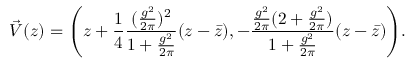
\vec { V } ( z ) = \Biggl ( z + { \frac { 1 } { 4 } } { \frac { ( { \frac { g ^ { 2 } } { 2 \pi } } ) ^ { 2 } } { 1 + { \frac { g ^ { 2 } } { 2 \pi } } } } ( z - \bar { z } ) , - { \frac { { \frac { g ^ { 2 } } { 2 \pi } } ( 2 + { \frac { g ^ { 2 } } { 2 \pi } } ) } { 1 + { \frac { g ^ { 2 } } { 2 \pi } } } } ( z - \bar { z } ) \Biggr ) .